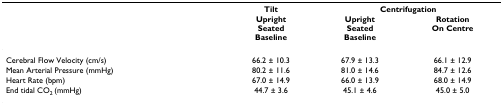
|  | Tilt | <COLSPAN=2> Centrifugation |
 |  | UprightSeatedBaseline | UprightSeatedBaseline | RotationOn Centre |
 | --- | --- | --- | --- |
 | Cerebral Flow Velocity (cm/s) | 66.2 ± 10.3 | 67.9 ± 13.3 | 66.1 ± 12.9 |
 | Mean Arterial Pressure (mmHg) | 80.2 ± 11.6 | 81.0 ± 14.6 | 84.7 ± 12.6 |
 | Heart Rate (bpm) | 67.0 ± 14.9 | 66.0 ± 13.9 | 68.0 ± 14.9 |
 | End tidal CO2 (mmHg) | 44.7 ± 3.6 | 45.1 ± 4.6 | 45.0 ± 5.0 |